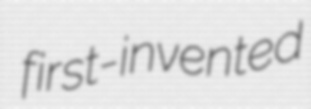
first-invented